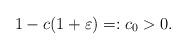
LaTeX: \begin{align*}1 - c(1+ \varepsilon) =: c_0 > 0. \end{align*}